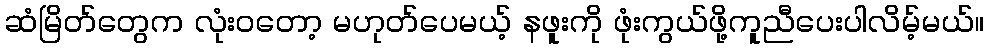
ဆံမြိတ်တွေက လုံးဝတော့ မဟုတ်ပေမယ့် နဖူးကို ဖုံးကွယ်ဖို့ကူညီပေးပါလိမ့်မယ်။